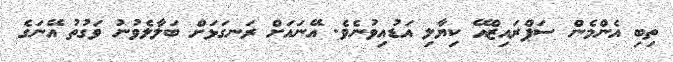
ތިބި އެންމެން ސަޕްރައިޒްއޭ ކިޔާލި އަޑުއިވުނެވެ. އޭނައަށް ރަނގަޅަށް ބަލާލެވުނު ވަގުތު އޭނަގެ